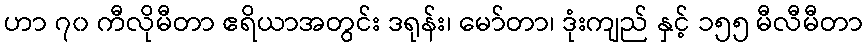
ဟာ ၇၀ ကီလိုမီတာ ဧရိယာအတွင်း ဒရုန်း၊ မော်တာ၊ ဒုံးကျည် နှင့် ၁၅၅ မီလီမီတာ